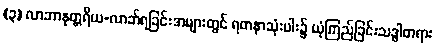
(၃) လာဘာနုတ္တရိယ-လာဘ်ရခြင်းအများတွင် ရတနာသုံးပါး၌ ယုံကြည်ခြင်းသဒ္ဓါတရား